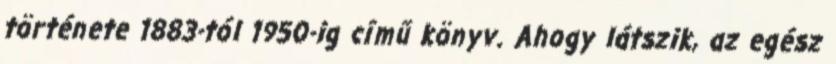
története 1883-tól 1950-ig című könyv. Ahogy látszik, az egész